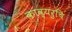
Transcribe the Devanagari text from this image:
काव्यरुचि